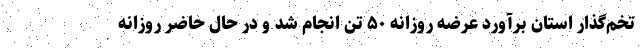
تخم‌گذار استان برآورد عرضه روزانه ۵۰ تُن انجام شد و در حال حاضر روزانه